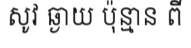
សូវ ឆ្ងាយ ប៉ុន្មាន ពី